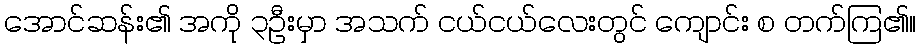
အောင်ဆန်း၏ အကို ၃ဦးမှာ အသက် ငယ်ငယ်လေးတွင် ကျောင်း စ တက်ကြ၏။